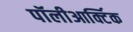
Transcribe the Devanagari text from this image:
पॉलीआर्क्टिक